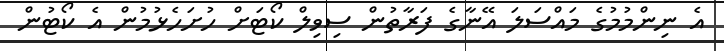
އެ ނިންމުމުގެ މައްސަލަ އޭނާގެ ފަރާތުން ސިވިލް ކޯޓަށް ހުށަހެޅުމުން އެ ކޯޓުން